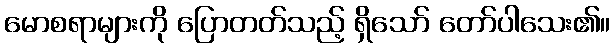
မောစရာများကို ပြောတတ်သည့် ရှိသော် တော်ပါသေး၏။